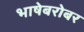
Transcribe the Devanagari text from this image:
भाषेबरोबर